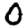
Digit: 0